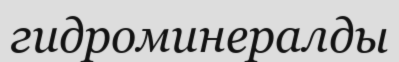
гидроминералды